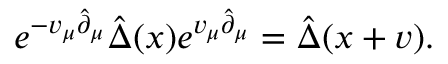
e ^ { - v _ { \mu } \hat { \partial } _ { \mu } } \hat { \Delta } ( x ) e ^ { v _ { \mu } \hat { \partial } _ { \mu } } = \hat { \Delta } ( x + v ) .